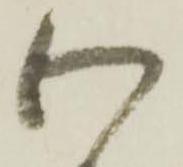
わ